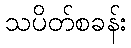
သပိတ်စခန်း